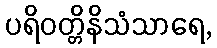
ပရိဝတ္တိနိသံသာရေ,